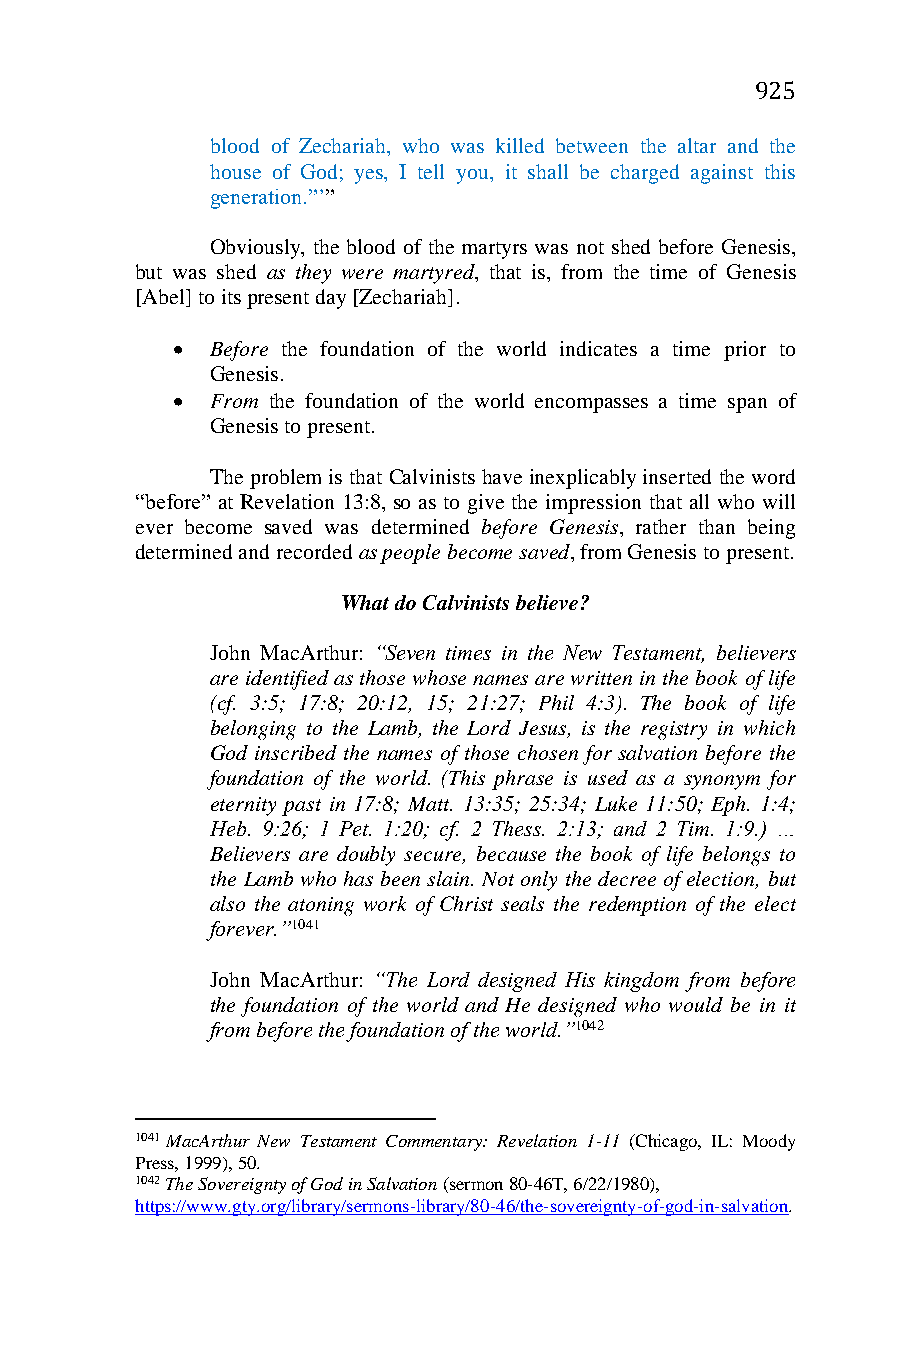
925
 blood of Zechariah, who was killed between the altar and the
 house of God; yes, I tell you, it shall be charged against this
 generation.”’”
 Obviously, the blood of the martyrs was not shed before Genesis,
 but was shed as they were martyred, that is, from the time of Genesis
 [Abel] to its present day [Zechariah].
   Before the foundation of the world indicates a time prior to
 Genesis.
   From the foundation of the world encompasses a time span of
 Genesis to present.
 The problem is that Calvinists have inexplicably inserted the word
 “before” at Revelation 13:8, so as to give the impression that all who will
 ever become saved was determined before Genesis, rather than being
 determined and recorded as people become saved, from Genesis to present.
 What do Calvinists believe?
 John MacArthur: “Seven times in the New Testament, believers
 are identified as those whose names are written in the book of life
 (cf. 3:5; 17:8; 20:12, 15; 21:27; Phil 4:3). The book of life
 belonging to the Lamb, the Lord Jesus, is the registry in which
 God inscribed the names of those chosen for salvation before the
 foundation of the world. (This phrase is used as a synonym for
 eternity past in 17:8; Matt. 13:35; 25:34; Luke 11:50; Eph. 1:4;
 Heb. 9:26; 1 Pet. 1:20; cf. 2 Thess. 2:13; and 2 Tim. 1:9.) …
 Believers are doubly secure, because the book of life belongs to
 the Lamb who has been slain. Not only the decree of election, but
 also the atoning work of Christ seals the redemption of the elect
 forever.”1041
 John MacArthur: “The Lord designed His kingdom from before
 the foundation of the world and He designed who would be in it
 from before the foundation of the world.”1042
 1041 MacArthur New Testament Commentary: Revelation 1-11 (Chicago, IL: Moody
 Press, 1999), 50.
 1042 The Sovereignty of God in Salvation (sermon 80-46T, 6/22/1980),
 https://www.gty.org/library/sermons-library/80-46/the-sovereignty-of-god-in-salvation.